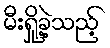
မီးရှို့ခဲ့သည့်